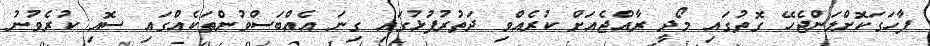
ފާހަގަކޮށްލަންޖެހޭ ގޮތުގައި މޯދީ ރާއްޖެއަށް ކުރެއްވި ދަތުރުފުޅުގައި ގިނަ އެއްބަސްވުންތަކެއްގައި ސޮއި ކުރެވުނު